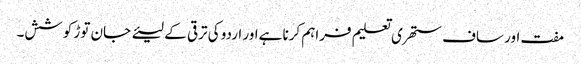
مفت اور ساف ستھری تعلیم فراہم کرنا ہےاور اردو کی ترقی کے لیئے جان توڑ کوشش۔